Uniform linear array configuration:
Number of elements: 8
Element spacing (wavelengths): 1
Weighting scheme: cosine
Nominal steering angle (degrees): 45
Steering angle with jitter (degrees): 43.355
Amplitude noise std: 0.05
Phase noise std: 0.05

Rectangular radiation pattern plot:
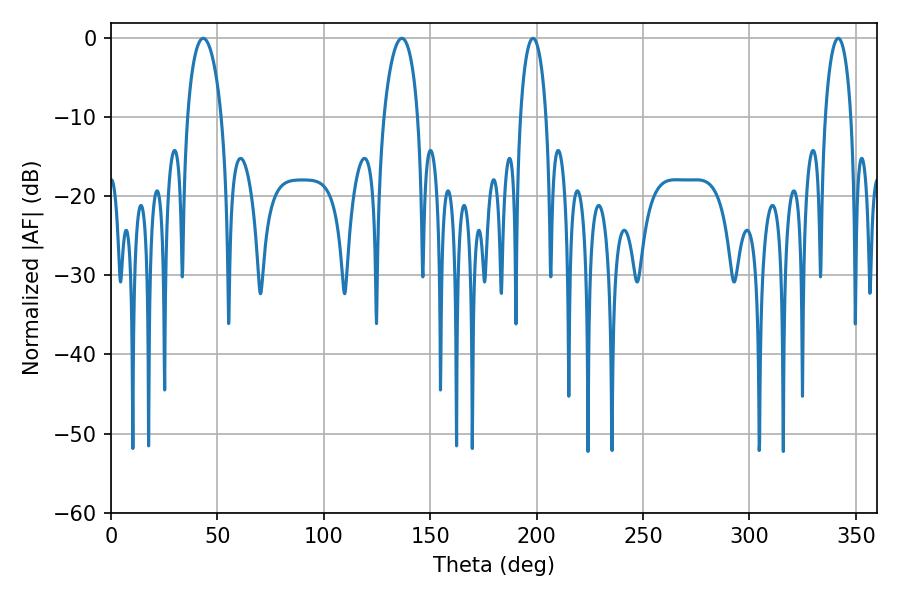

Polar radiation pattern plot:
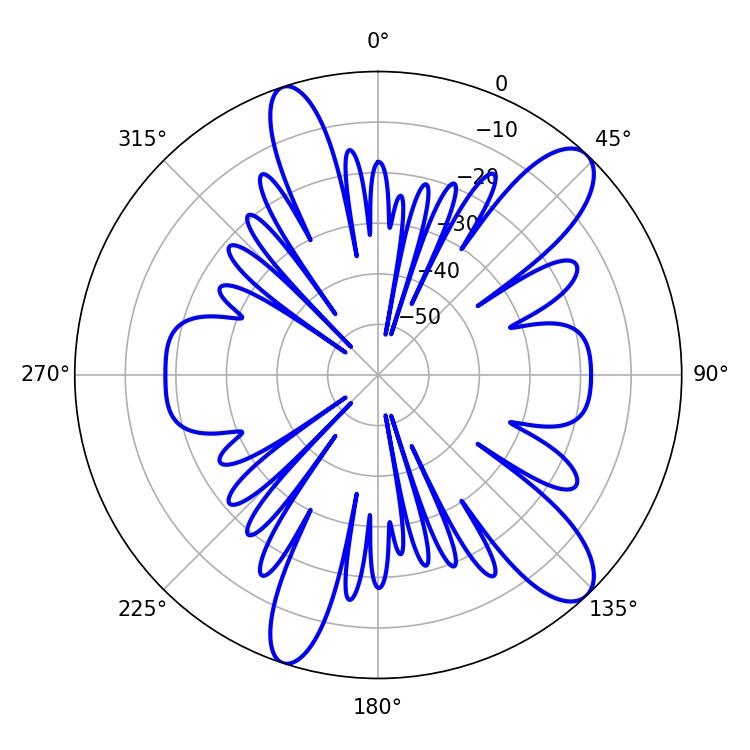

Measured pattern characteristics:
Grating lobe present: TRUE
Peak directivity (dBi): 11.171
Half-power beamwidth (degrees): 9.18
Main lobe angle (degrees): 43.38